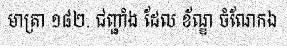
មាត្រា ១៨២. ជញ្ជាំង ដែល ខ័ណ្ឌ ចំណែកឯ